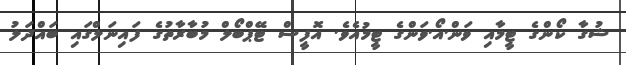
ޝުގާ ކޯންގެ ޓީމާއި ވަން.އޯ.ވަންގެ ޓީމުއެވެ. އޮފީސް ޓޭޕްބޯލް މުބާރާތުގެ ފައިނަލްގައި ބައްދަލު